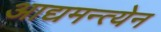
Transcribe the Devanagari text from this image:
आद्यमन्त्येन